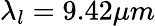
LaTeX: \lambda_{l}=9.42\mu m